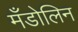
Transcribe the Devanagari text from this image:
मँडोलिन